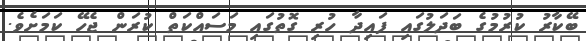
ބޭކާރު ކުރުމުގެ ބަދަލުގައި ފައިދާ ހުރި ގޮތުގައި މަސައްކަތް ކުރަން ޖެހޭ ކަމަށެވެ.